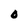
Character: O